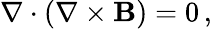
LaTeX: \nabla\cdot(\nabla\times\mathbf{B})=0\, ,